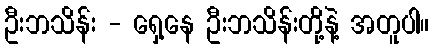
ဦးဘသိန်း - ရှေ့နေ ဦးဘသိန်းတို့နဲ့ အတူပါ။